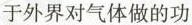
于外界对气体做的功